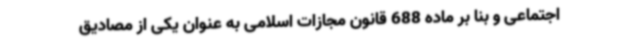
اجتماعی و بنا بر ماده 688 قانون مجازات اسلامی به عنوان یکی از مصادیق